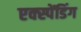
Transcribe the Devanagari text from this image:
एक्स्पेंडिंग